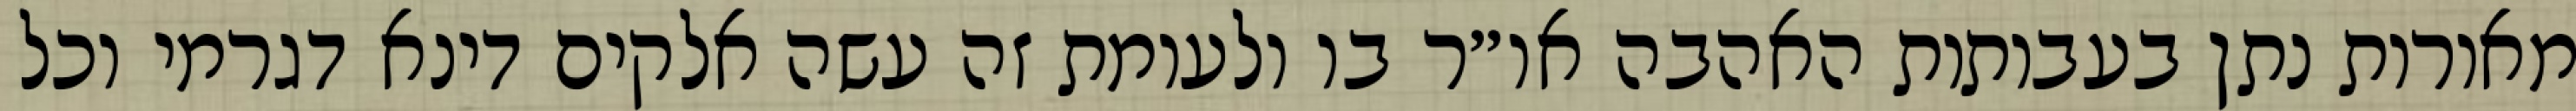
מאורות נתן בעבותות האהבה או״ר בו ולעומת זה עשה אלקים דינא דגרמי וכל